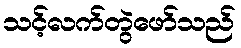
သင့်လက်တွဲဖော်သည်